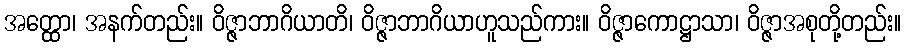
အတ္ထော၊ အနက်တည်း။ ဝိဇ္ဇာဘာဂိယာတိ၊ ဝိဇ္ဇာဘာဂိယာဟူသည်ကား။ ဝိဇ္ဇာကောဋ္ဌာသာ၊ ဝိဇ္ဇာအစုတို့တည်း။